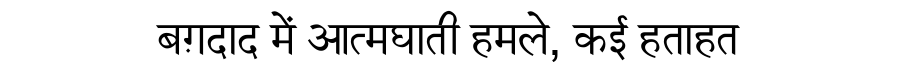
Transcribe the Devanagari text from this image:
बग़दाद में आत्मघाती हमले, कई हताहत